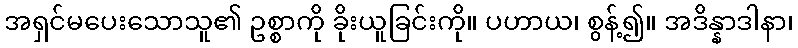
အရှင်မပေးသောသူ၏ ဥစ္စာကို ခိုးယူခြင်းကို။ ပဟာယ၊ စွန့်၍။ အဒိန္နာဒါနာ၊